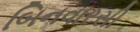
બિનવારસી